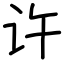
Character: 许